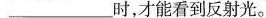
___时，才能看到反射光。